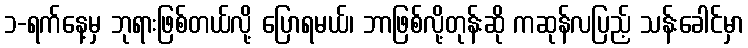
၁-ရက်နေ့မှ ဘုရားဖြစ်တယ်လို့ ပြောရမယ်၊ ဘာဖြစ်လို့တုန်းဆို ကဆုန်လပြည့် သန်းခေါင်မှာ